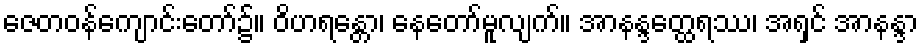
ဇေတဝန်ကျောင်းတော်၌။ ဝိဟရန္တော၊ နေတော်မူလျက်။ အာနန္ဒတ္ထေရဿ၊ အရှင် အာနန္ဒာ